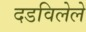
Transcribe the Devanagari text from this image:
दडविलेले